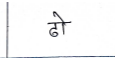
मजकूर: ढो